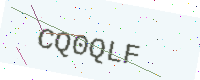
Text: CQ0QLF